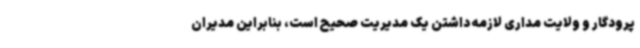
پرودگار و ولایت مداری لازمه داشتن یک مدیریت صحیح است، بنابراین مدیران